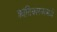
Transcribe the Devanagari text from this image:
क्रांतिकारकामध्ये